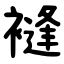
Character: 䙜